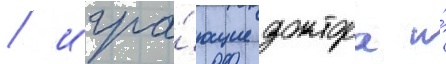
/ игра́ющие доктора и́